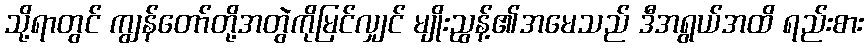
သို့ရာတွင် ကျွန်တော်တို့အတွဲကိုမြင်လျှင် မျိုးညွန့်၏အမေသည် ဒီအရွယ်အထိ ရည်းစား